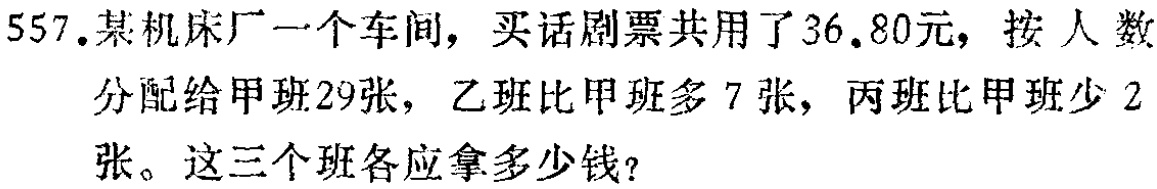
557.某机床厂一个车间，买话剧票共用了36.80元，按人数分配给甲班29张，乙班比甲班多7张，丙班比甲班少2张。这三个班各应拿多少钱?